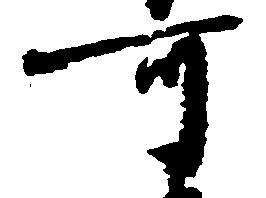
可